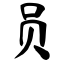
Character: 员